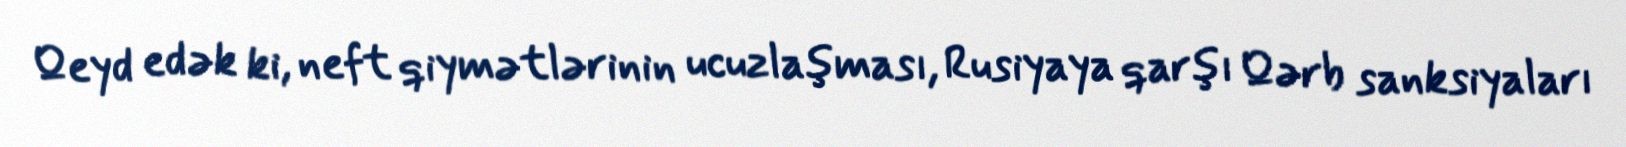
Qeyd edək ki, neft qiymətlərinin ucuzlaşması, Rusiyaya qarşı Qərb sanksiyaları